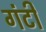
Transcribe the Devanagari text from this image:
गंटी